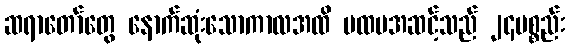
ဆရာတော်တွေ နောက်ဆုံးသောကာလအထိ ပထမအဆင့်သည် ၂၄ပစ္စည်း